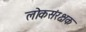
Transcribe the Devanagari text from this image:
लोकसंरक्षक